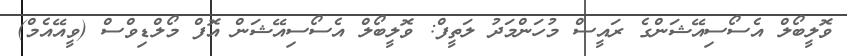
ވޮލީބޯލް އެސޯސިއޭޝަންގެ ރައީސް މުހަންމަދު ލަތީފް: ވޮލީބޯލް އެސޯސިއޭޝަން އޮފް މޯލްޑިވްސް (ވީއޭއެމް)